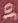
of